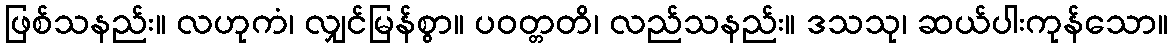
ဖြစ်သနည်း။ လဟုကံ၊ လျှင်မြန်စွာ။ ပဝတ္တတိ၊ လည်သနည်း။ ဒသသု၊ ဆယ်ပါးကုန်သော။